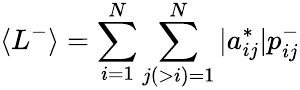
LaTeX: \langle L^{-}\rangle=\sum_{i=1}^{N}\sum_{j(>i)=1}^{N}|a_{ij}^{*}|p_{ij}^{-}